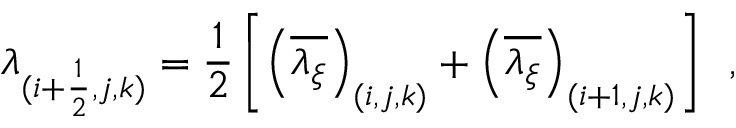
\lambda _ { ( i + \frac { 1 } { 2 } , j , k ) } = \frac { 1 } { 2 } \left[ \left( \overline { { \lambda _ { \xi } } } \right) _ { ( i , j , k ) } + \left( \overline { { \lambda _ { \xi } } } \right) _ { ( i + 1 , j , k ) } \right] \, \mathrm { ~ , ~ }